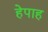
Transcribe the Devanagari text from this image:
हेपाह